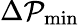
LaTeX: \Delta\mathcal{P}_{\mathrm{{min}}}